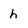
Character: h